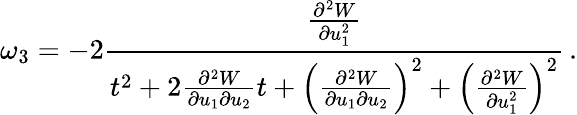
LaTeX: \omega_{3}=-2\frac{\frac{\partial^{2}W}{\partial u_{1}^{2}}}{t^{2}+2\frac{\partial^{2}W}{\partial u_{1}\partial u_{2}}t+\left(\frac{\partial^{2}W}{\partial u_{1}\partial u_{2}}\right)^{2}+\left(\frac{\partial^{2}W}{\partial u_{1}^{2}}\right)^{2}}\, .